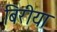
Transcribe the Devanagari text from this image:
बिरीया